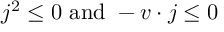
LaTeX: j ^ { 2 } \leq 0 \ \mathrm { a n d } \ - v \cdot j \leq 0